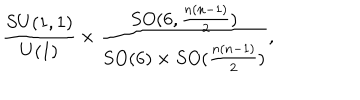
LaTeX: \frac { S U ( 1 , 1 ) } { U ( 1 ) } \times \frac { S O ( 6 , \frac { n ( n - 1 ) } { 2 } ) } { S O ( 6 ) \times S O ( \frac { n ( n - 1 ) } { 2 } ) } ,